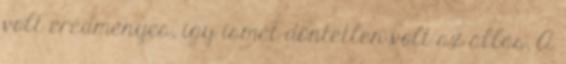
volt eredményes, így ismét döntetlen volt az állás. A